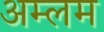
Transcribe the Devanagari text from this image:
अम्लम